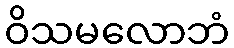
ဝိသမလောဘံ